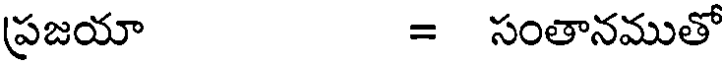
ప్రజయా = సంతానముతో